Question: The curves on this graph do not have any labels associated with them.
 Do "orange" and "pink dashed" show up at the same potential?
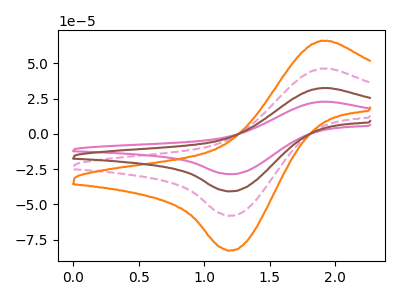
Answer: <think>The pink curve "pink" has an anodic peak at (1.90V, 138.95uA) and a cathodic peak at (1.20V, -173.80uA). The pink dashed curve "pink dashed" has an anodic peak at (1.90V, 46.30uA) and a cathodic peak at (1.20V, -57.95uA). The orange curve "orange" has an anodic peak at (1.90V, 66.00uA) and a cathodic peak at (1.20V, -82.55uA). The brown curve "brown" has an anodic peak at (1.90V, 92.60uA) and a cathodic peak at (1.20V, -115.85uA).
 All the peaks in "orange" have a peak in "pink dashed" at the same potential. Every peak in "orange" is higher than every peak in "pink dashed".</think>
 <answer>"orange" and "pink dashed" are similar in shape.</answer>
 <eval>same_shape</eval>